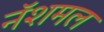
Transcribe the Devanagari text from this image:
नॅशमल